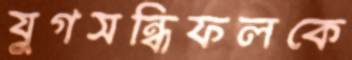
যুগসন্ধিফলকে